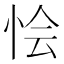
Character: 𢙓